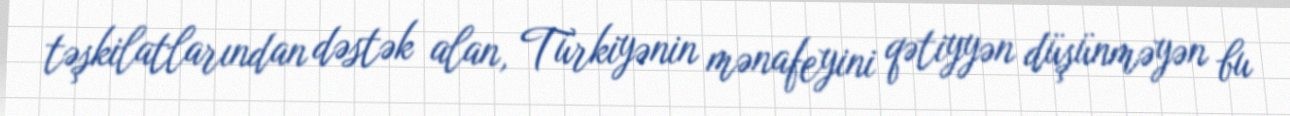
təşkilatlarından dəstək alan, Türkiyənin mənafeyini qətiyyən düşünməyən bu